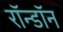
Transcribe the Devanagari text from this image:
रॉन्डॉन